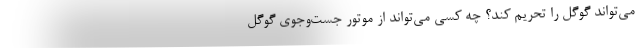
می‌تواند گوگل را تحریم کند؟ چه کسی می‌تواند از موتور جست‌وجوی گوگل